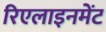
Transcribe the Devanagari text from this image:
रिएलाइनमेंट